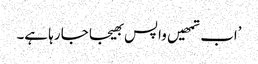
’اب تمھیں واپس بھیجا جا رہا ہے۔